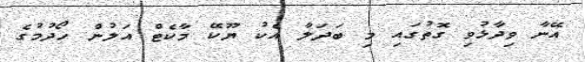
އޭނާ ވިދާޅުވި ގޮތުގައި މި ބަދަލާ އެކު ޔޫކޭ މާކެޓް އަލުން ހޯދުމުގެ